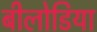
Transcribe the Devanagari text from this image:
बीलोडिया